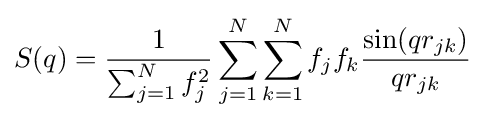
S(q)={\frac {1}{\sum _{j=1}^{N}f_{j}^{2}}}\sum _{j=1}^{N}\sum _{k=1}^{N}f_{j}f_{k}{\frac {\sin(qr_{jk})}{qr_{jk}}}